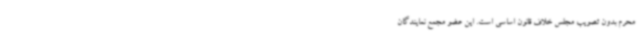
محرم بدون تصویب مجلس خلاف قانون اساسی است. این عضو مجمع نمایندگان